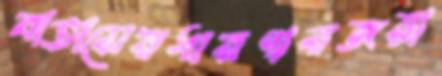
বাতাসেরধারণারজয়া